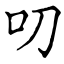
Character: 叨